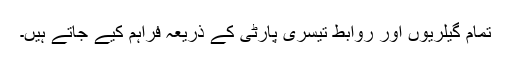
تمام گیلریوں اور روابط تیسری پارٹی کے ذریعہ فراہم کیے جاتے ہیں۔